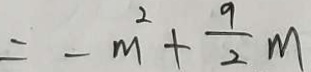
= - m ^ { 2 } + \frac { 9 } { 2 } m